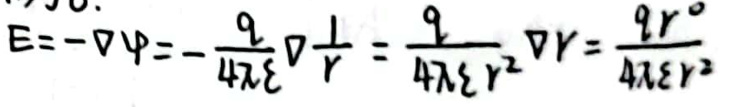
\[
\mathbf{E} = - \nabla \varphi = - \frac{q}{4\pi\varepsilon} \nabla \frac{1}{r} = \frac{q}{4\pi\varepsilon r^2} \nabla r = \frac{qr^0}{4\pi\varepsilon r^2}
\]